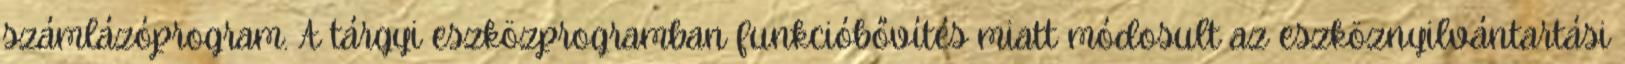
számlázóprogram. A tárgyi eszközprogramban funkcióbővítés miatt módosult az eszköznyilvántartási